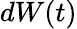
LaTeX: dW(t)